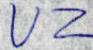
VZ